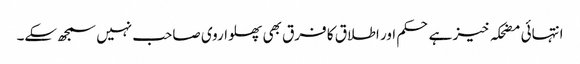
انتہائی مضحکہ خیز ہے حکم اور اطلاق کا فرق بھی پھلواروی صاحب نہیں سمجھ سکے۔